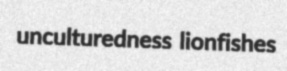
unculturedness lionfishes